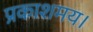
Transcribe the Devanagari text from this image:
प्रकाशमय।